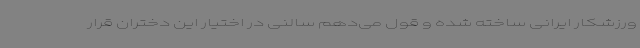
ورزشکار ایرانی ساخته شده و قول می‌دهم سالنی در اختیار این دختران قرار